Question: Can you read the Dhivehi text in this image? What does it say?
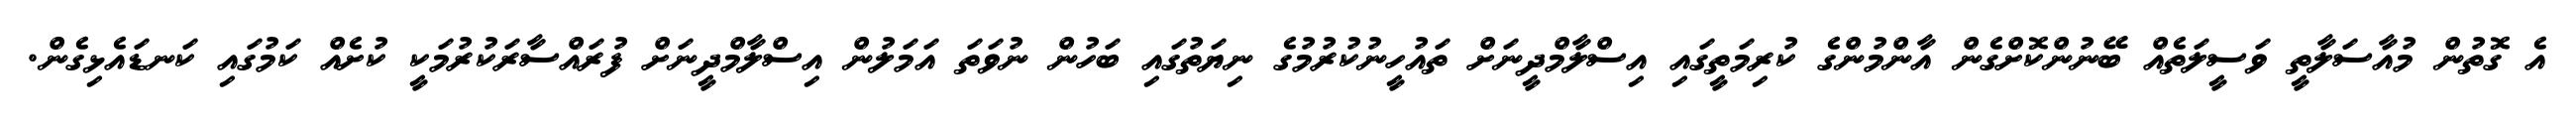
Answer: އެ ގޮތުން މުއާސަލާތީ ވަސީލަތެއް ބޭނުންކޮށްގެން އާންމުންގެ ކުރިމަތީގައި އިސްލާމްދީނަށް ތައުހީނުކުރުމުގެ ނިޔަތުގައި ބަހުން ނުވަތަ އަމަލުން އިސްލާމްދީނަށް ފުރައްސާރަކުރުމަކީ ކުށެއް ކަމުގައި ކަނޑައެޅިގެން.